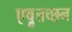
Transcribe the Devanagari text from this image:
एष़ुत्तच्छन